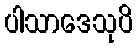
ပါသာဒေသုပိ